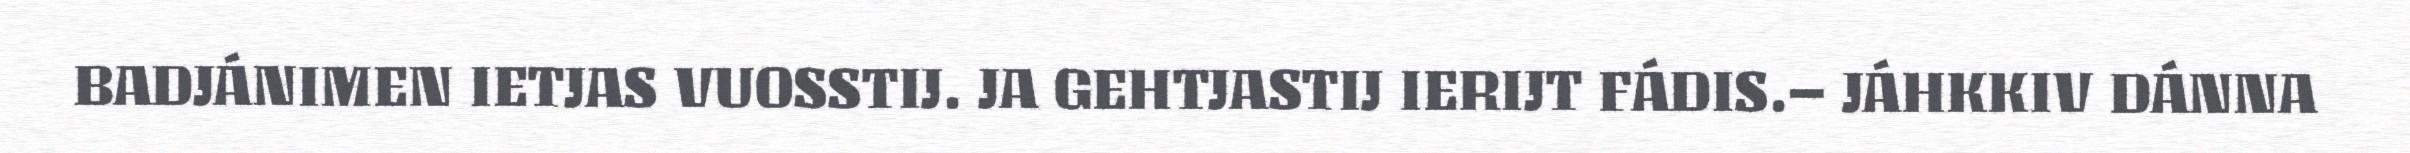
BADJÁNIMEN IETJAS VUOSSTIJ. JA GEHTJASTIJ IERIJT FÁDIS.– JÁHKKIV DÁNNA